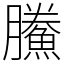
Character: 鰧